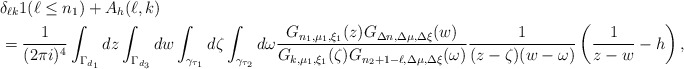
\begin{align*}&\delta_{\ell k}1(\ell\le n_1)+A_h(\ell,k)\\&=\frac 1{(2\pi i)^4}\int_{\Gamma_{d_1}}dz\int_{\Gamma_{d_3}}dw\int_{\gamma_{\tau_1}}d\zeta\int_{\gamma_{\tau_2}}d\omega\frac{G_{n_1,\mu_1,\xi_1}(z)G_{\Delta n,\Delta\mu,\Delta\xi}(w)}{G_{k,\mu_1,\xi_1}(\zeta)G_{n_2+1-\ell,\Delta\mu,\Delta\xi}(\omega)}\frac 1{(z-\zeta)(w-\omega)}\left(\frac 1{z-w}-h\right),\end{align*}